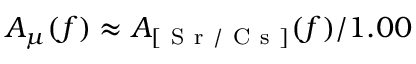
A _ { \mu } ( f ) \approx A _ { [ \mathrm { ~ S ~ r ~ / ~ C ~ s ~ } ] } ( f ) / 1 . 0 0